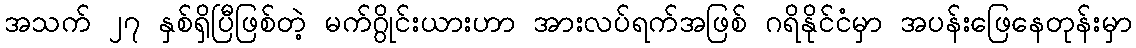
အသက် ၂၇ နှစ်ရှိပြီဖြစ်တဲ့ မက်ဂွိုင်းယားဟာ အားလပ်ရက်အဖြစ် ဂရိနိုင်ငံမှာ အပန်းဖြေနေတုန်းမှာ